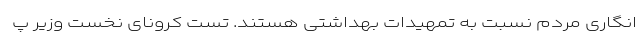
انگاری مردم نسبت به تمهیدات بهداشتی هستند. تست کرونای نخست وزیر پ